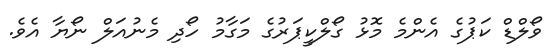
ވޯލްޑް ކަޕުގެ އެންމެ މޮޅު ގޯލްކީޕަރުގެ މަގާމު ހޯދި މެނުއަލް ނޯޔާ އެވެ.